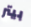
بيتر